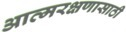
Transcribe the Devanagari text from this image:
आत्मरक्षणासाठी